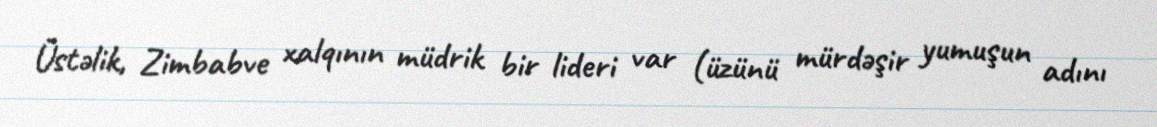
Üstəlik, Zimbabve xalqının müdrik bir lideri var (üzünü mürdəşir yumuşun adını